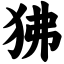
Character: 狒